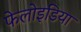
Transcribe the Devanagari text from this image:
फेलोइडिया